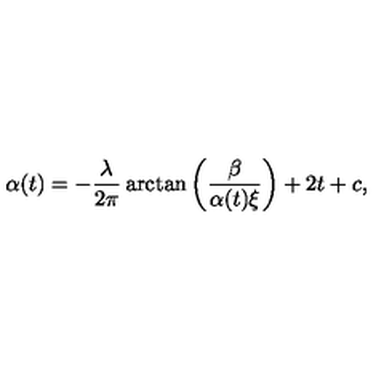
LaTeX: \alpha ( t ) = - { \frac { \lambda } { 2 \pi } } \arctan \left( { \frac { \beta } { \alpha ( t ) \xi } } \right) + 2 t + c ,